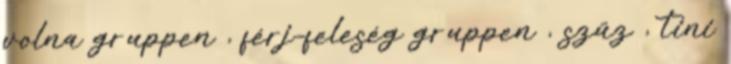
volna gruppen , férj-feleség gruppen , szűz , tini